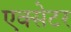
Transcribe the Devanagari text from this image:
एक्‍सेटर